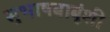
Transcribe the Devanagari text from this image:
सुभाषबाबूंशी